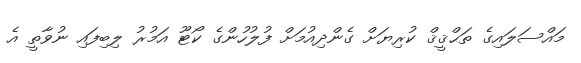
މައްސަލައިގެ ތަޙްޤީޤް ކުރިޔަށް ގެންދިއުމަށް ފުލުހުންގެ ކޯޓޫ އަމުރު ލިބިފައި ނުވާތީ އެ